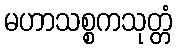
မဟာသစ္စကသုတ္တံ